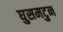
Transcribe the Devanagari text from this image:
घुसमटुन